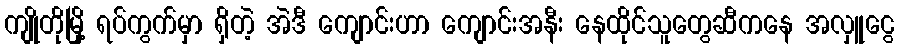
ကျိုတိုမြို့ ရပ်ကွက်မှာ ရှိတဲ့ အဲဒီ ကျောင်းဟာ ကျောင်းအနီး နေထိုင်သူတွေဆီကနေ အလှူငွေ